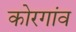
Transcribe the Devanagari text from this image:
कोरगांव